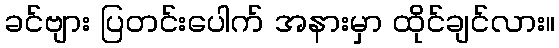
ခင်ဗျား ပြတင်းပေါက် အနားမှာ ထိုင်ချင်လား။